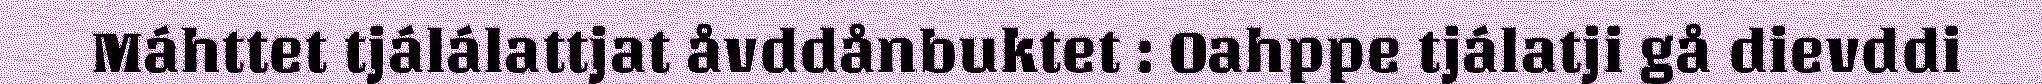
Máhttet tjálálattjat åvddånbuktet : Oahppe tjálatji gå dievddi